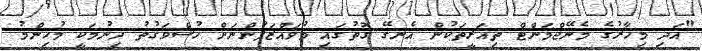
"އަދި މިހާރުގެ މެނޭޖްމަންޓް ތިއަރީތަކުން އެނގޭ ގޮތުގައި މުވައްޒަފުންނަށް ހުސްވަގުތު ދިނުމަކީ މުހިންމު